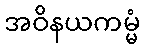
အဝိနယကမ္မံ